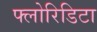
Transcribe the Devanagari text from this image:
फ्लोरिडिटा